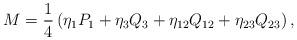
LaTeX: \begin{align*}M = {1 \over 4} \left( \eta_1 P_{1} + \eta_3 Q_{3} + \eta_{12} Q_{12} + \eta_{23} Q_{23} \right) ,\end{align*}